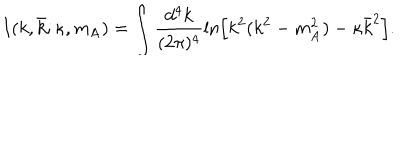
LaTeX: I ( k , \bar { k } ; \kappa , m _ { \mathrm { A } } ) = \int \frac { d ^ { 4 } k } { ( 2 \pi ) ^ { 4 } } \ln \left[ k ^ { 2 } ( k ^ { 2 } - m _ { \mathrm { A } } ^ { 2 } ) - \kappa \bar { k } ^ { 2 } \right] .